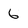
Character: 6